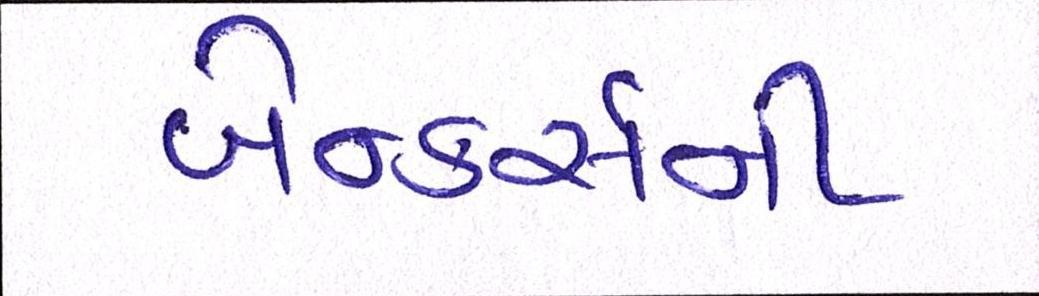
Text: બેન્કર્સની